Plague in India, 1896, 1897 - Volume 1
Year: 1896
Disease focus: Plague
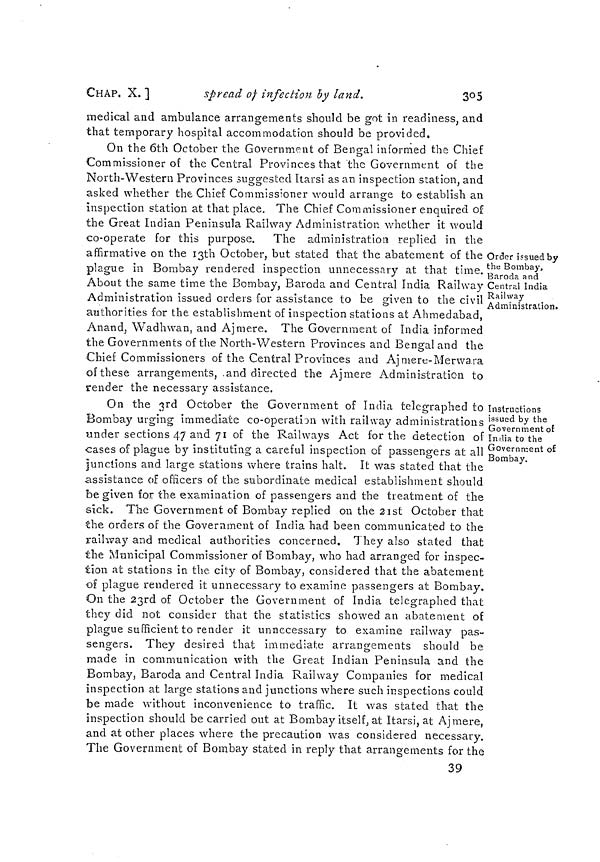
CHAP. X.]
spread of infection by land.
305
medical and ambulance arrangements should be got in readiness, and
that temporary hospital accommodation should be provided.
Order issued by
the Bombay,
Baroda and
Central India
Railway
Administration.
On the 6th October the Government of Bengal informed the Chief
Commissioner of the Central Provinces that the Government of the
North-Western Provinces suggested Itarsi as an inspection station, and
asked whether the Chief Commissioner would arrange to establish an
Inspection station at that place. The Chief Commissioner enquired of
the Great Indian Peninsula Railway Administration whether it would
co-operate for this purpose. The administration replied in the
affirmative on the 13th October, but stated that the abatement of the
plague in Bombay rendered inspection unnecessary at that time.
About the same time the Bombay, Baroda and Central India Railway
Administration issued orders for assistance to be given to the civil
authorities for the establishment of inspection stations at Ahmedabad,
Anand, Wadhwan, and Ajmere. The Government of India informed
the Governments of the North-Western Provinces and Bengal and the
Chief Commissioners of the Central Provinces and Ajmerc-Merwara
of these arrangements, and directed the Ajmere Administration to
render the necessary assistance.
Instructions
issued by the
Government of
India to the
Government of
Bombay.
On the 3rd October the Government of India telegraphed to
Bombay urging immediate co-operation with railway administrations
under sections 47 and 71 of the Railways Act for the detection of
cases of plague by instituting a careful inspection of passengers at all
junctions and large stations where trains halt. It was stated that the
assistance of officers of the subordinate medical establishment should
be given for the examination of passengers and the treatment of the
sick. The Government of Bombay replied on the 21st October that
the orders of the Government of India had been communicated to the
railway and medical authorities concerned. They also stated that
the Municipal Commissioner of Bombay, who had arranged for inspec-
tion at stations in the. city of Bombay, considered that the abatement
of plague rendered it unnecessary to examine passengers at Bombay.
On the 23rd of October the Government of India telegraphed that
they did not consider that the statistics showed an abatement of
plague sufficient to render it unnecessary to examine railway pas-
sengers. They desired that immediate arrangements should be
made in communication with the Great Indian Peninsula and the
Bombay, Baroda and Central India Railway Companies for medical
inspection at large stations and junctions where such inspections could
be made without inconvenience to traffic. It was stated that the
inspection should be carried out at Bombay itself, at Itarsi, at Ajmere,
and at other places where the precaution was considered necessary.
The Government of Bombay stated in reply that arrangements for the
39